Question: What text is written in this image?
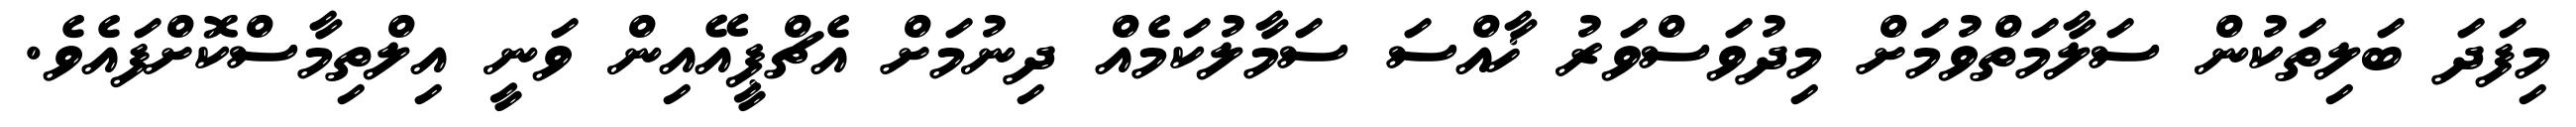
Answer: މިފަދަ ބަލިތަކުން ސަލާމަތްވުމަށް މިދުވަސްވަރު ޚާއްސަ ސަމާލުކަމެއް ދިނުމަށް އެޗްޕީއޭއިން ވަނީ އިލްތިމާސްކޮށްފައެވެ.